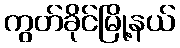
ကွတ်ခိုင်မြို့နယ်